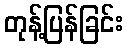
တုန့်ပြန်ခြင်း